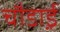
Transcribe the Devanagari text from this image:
चौडा़ई